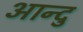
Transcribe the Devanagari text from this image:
आन्दु